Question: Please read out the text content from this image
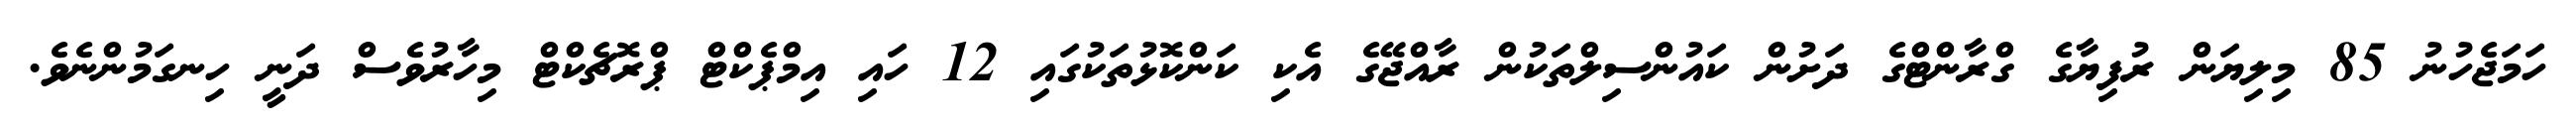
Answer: ހަމަޖެހުނު 85 މިލިޔަން ރުފިޔާގެ ގްރާންޓްގެ ދަށުން ކައުންސިލްތަކުން ރާއްޖޭގެ އެކި ކަންކޮޅުތަކުގައި 12 ހައި އިމްޕެކްޓް ޕްރޮޗެކްޓް މިހާރުވެސް ދަނީ ހިނގަމުންނެވެ.